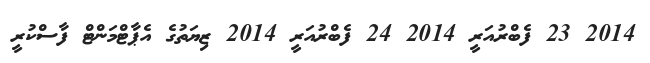
2014 23 ފެބްރުއަރީ 2014 24 ފެބްރުއަރީ 2014 ޒިޔަތުގެ އެޕާޓްމަންޓް ފާސްކުރީ